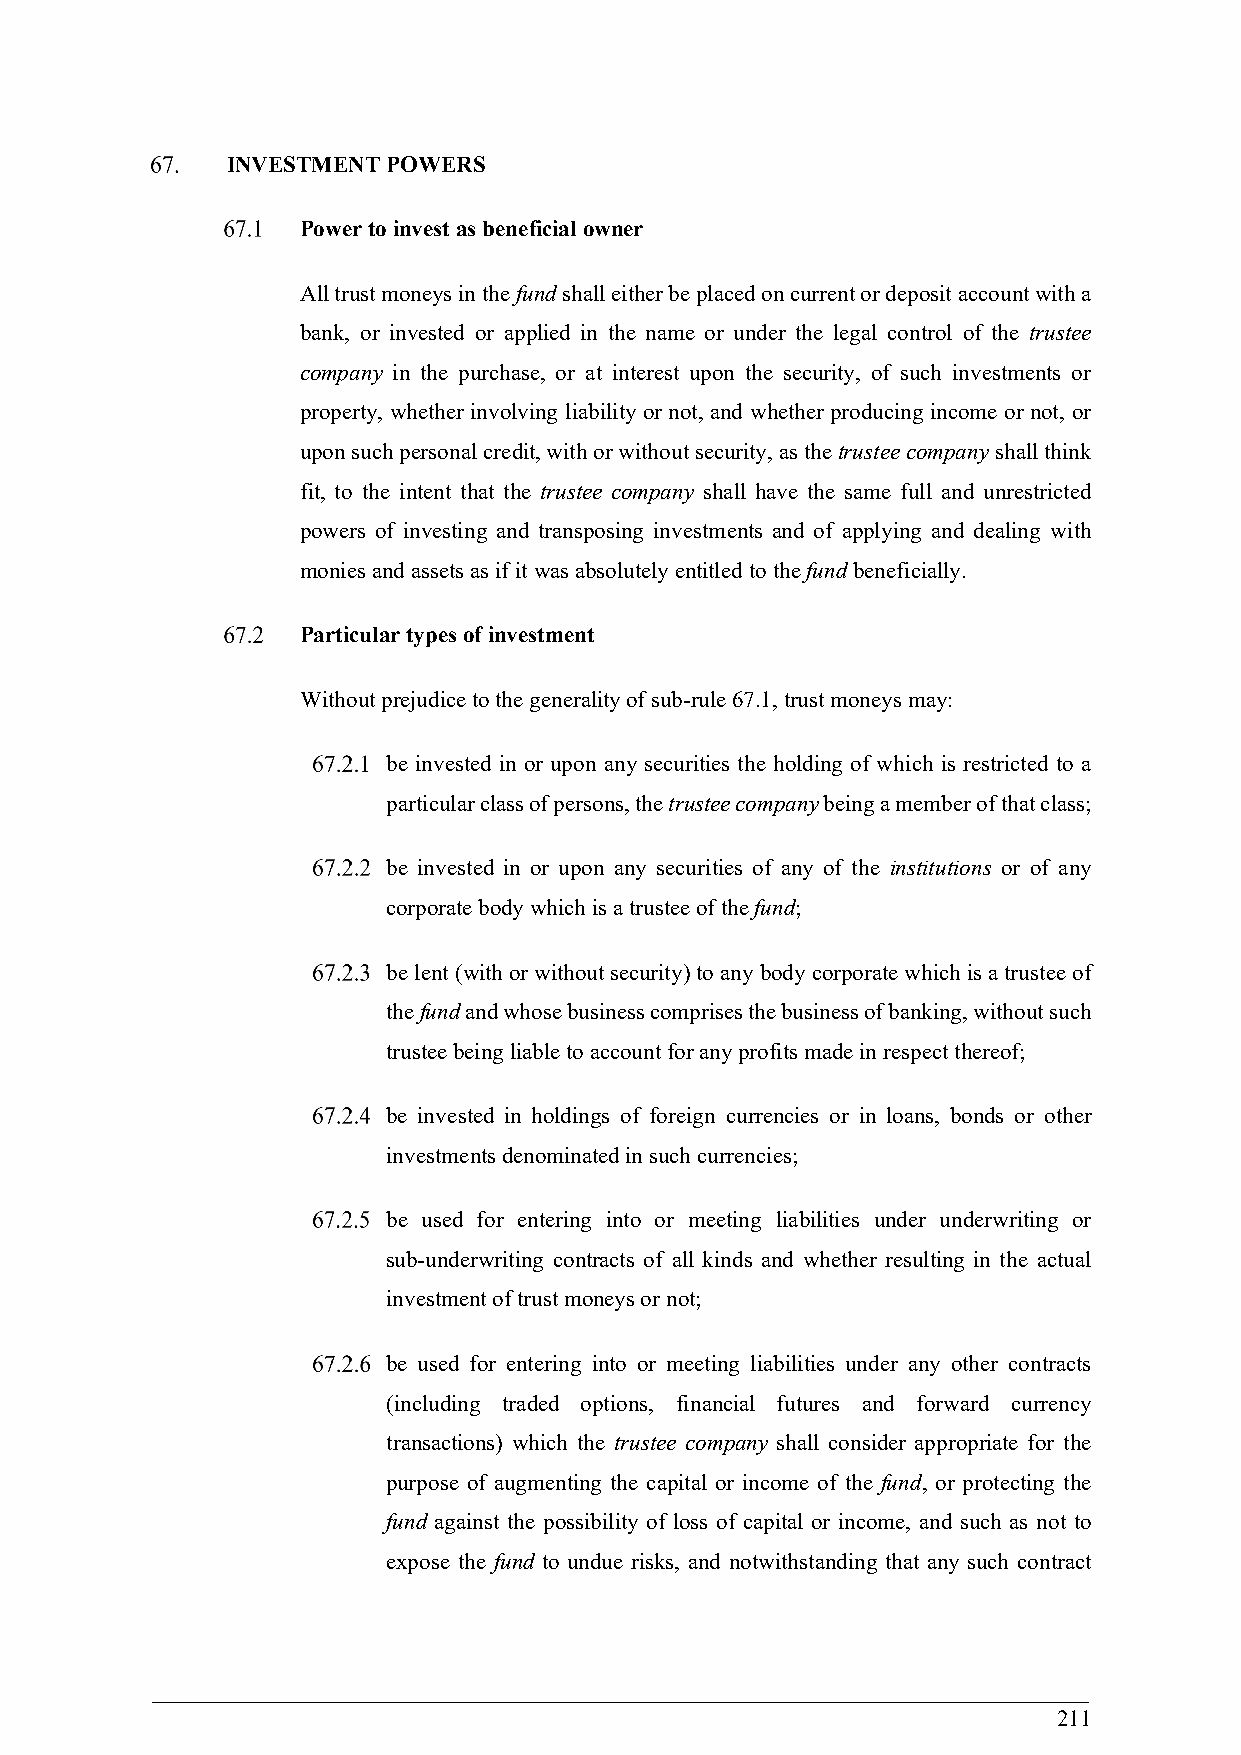
INVESTMENT POWERS
 Power to invest as beneficial owner
 All trust moneys in the fund shall either be placed on current or deposit account with a
 bank, or invested or applied in the name or under the legal control of the trustee
 company in the purchase, or at interest upon the security, of such investments or
 property, whether involving liability or not, and whether producing income or not, or
 upon such personal credit, with or without security, as the trustee company shall think
 fit, to the intent that the trustee company shall have the same full and unrestricted
 powers of investing and transposing investments and of applying and dealing with
 monies and assets as if it was absolutely entitled to the fund beneficially.
 Particular types of investment
 Without prejudice to the generality of sub-rule 67.1, trust moneys may:
 be invested in or upon any securities the holding of which is restricted to a
 particular class of persons, the trustee company being a member of that class;
 be invested in or upon any securities of any of the institutions or of any
 corporate body which is a trustee of the fund;
 be lent (with or without security) to any body corporate which is a trustee of
 the fund and whose business comprises the business of banking, without such
 trustee being liable to account for any profits made in respect thereof;
 be invested in holdings of foreign currencies or in loans, bonds or other
 investments denominated in such currencies;
 be used for entering into or meeting liabilities under underwriting or
 sub-underwriting contracts of all kinds and whether resulting in the actual
 investment of trust moneys or not;
 be used for entering into or meeting liabilities under any other contracts
 (including traded options, financial futures and forward currency
 transactions) which the trustee company shall consider appropriate for the
 purpose of augmenting the capital or income of the fund, or protecting the
 fund against the possibility of loss of capital or income, and such as not to
 expose the fund to undue risks, and notwithstanding that any such contract
 211